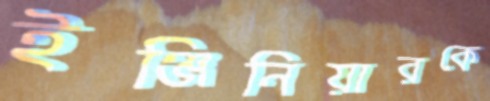
ইঞ্জিনিয়ারকে